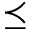
\preceq